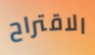
الاقتراح